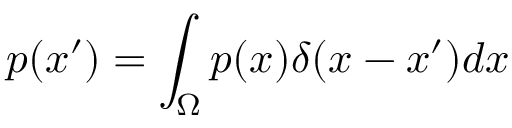
\displaystyle p ( \boldsymbol { x } ^ { \prime } ) = \int _ { \Omega } p ( \boldsymbol { x } ) \delta ( \boldsymbol { x } - \boldsymbol { x } ^ { \prime } ) d \boldsymbol { x }